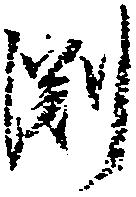
渕